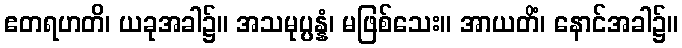
ဧတရဟတိ၊ ယခုအခါ၌။ အသမုပ္ပန္နံ၊ မဖြစ်သေး။ အာယတိံ၊ နောင်အခါ၌။